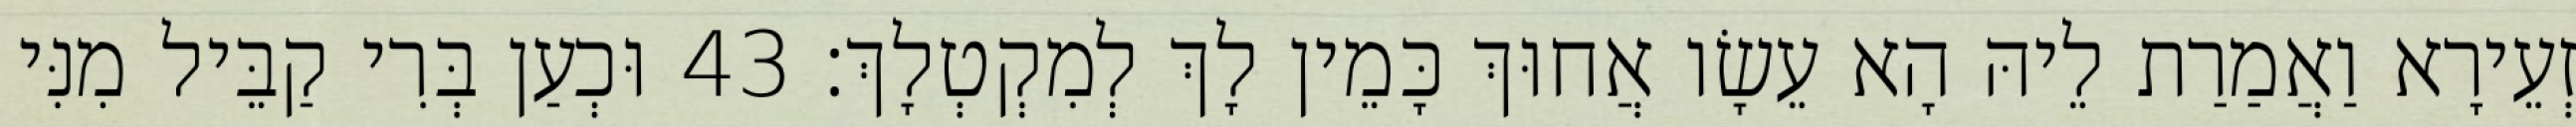
זְעֵירָא וַאֲמַרַת לֵיהּ הָא עֵשָׂו אֲחוּךְ כָּמֵין לָךְ לְמִקְטְלָךְ׃ 43 וּכְעַן בְּרִי קַבֵּיל מִנִּי